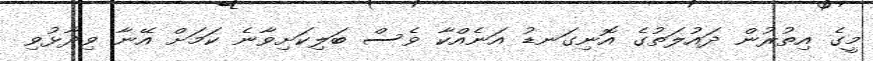
މީގެ އިތުރުން ދައުލަތުގެ އޮނިގަނޑު އަނެއްކާ ވެސް ބަލިކަށިވާނެ ކަމަށް އޭނާ ވިދާޅުވި